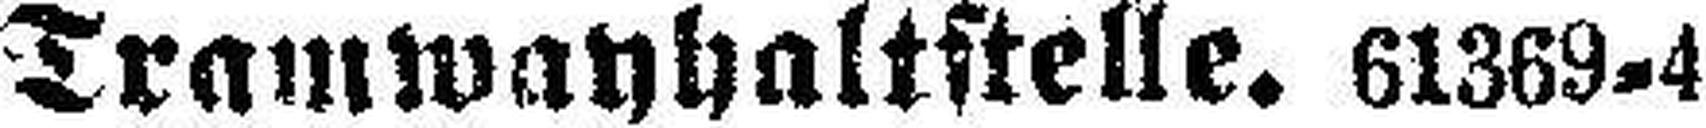
Tramwayhaltstelle. 61369-4